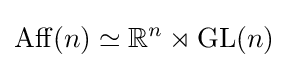
\mathrm {Aff} (n)\simeq \mathbb {R} ^{n}\rtimes \mathrm {GL} (n)